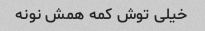
خیلى توش کمه همش نونه